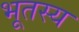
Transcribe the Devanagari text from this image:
भूतस्य